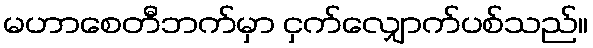
မဟာစေတီဘက်မှာ ငှက်လျှောက်ပစ်သည်။